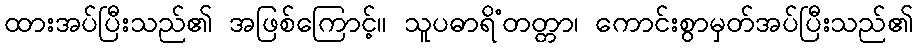
ထားအပ်ပြီးသည်၏ အဖြစ်ကြောင့်။ သူပဓာရိံတတ္တာ၊ ကောင်းစွာမှတ်အပ်ပြီးသည်၏